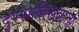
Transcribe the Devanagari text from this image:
दुस्साहिसकता